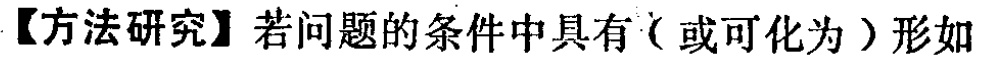
【方法研究】若问题的条件中具有（或可化为）形如